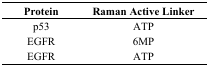
| Protein | Raman Active Linker |
 | --- | --- |
 | p53 | ATP |
 | EGFR | 6MP |
 | EGFR | ATP |